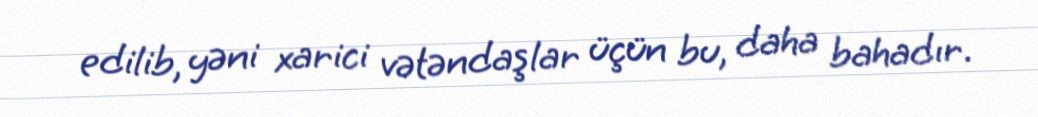
edilib, yəni xarici vətəndaşlar üçün bu, daha bahadır.